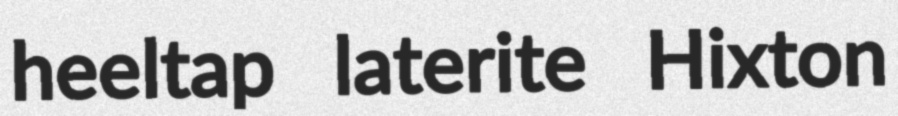
heeltap laterite Hixton